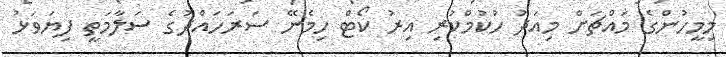
މިމީހުންގެ މައްޗަށް މިއަދު ހުކުމްކުރި އިރު ކޯޓް ހިމެނޭ ސަރަހައްދުގެ ސަލާމަތީ ފިޔަވަޅު